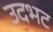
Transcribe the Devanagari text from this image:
उदभट